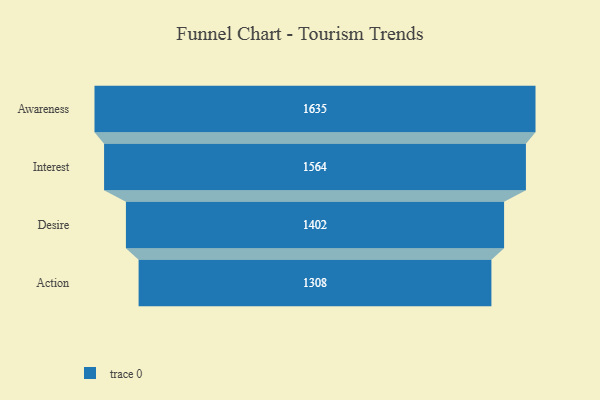
{"axis": {"x": "Stage", "y": "Value"}, "legend": [""], "data": [{"x": "Awareness", "y": 1635.0, "type": ""}, {"x": "Interest", "y": 1564.0, "type": ""}, {"x": "Desire", "y": 1402.0, "type": ""}, {"x": "Action", "y": 1308.0, "type": ""}]}